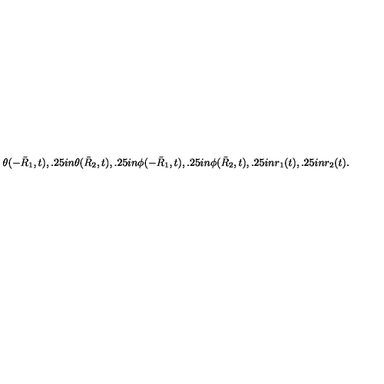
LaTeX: \theta ( - \bar { R } _ { 1 } , t ) , \kern 0 . 2 5 i n \theta ( \bar { R } _ { 2 } , t ) , \kern 0 . 2 5 i n \phi ( - \bar { R } _ { 1 } , t ) , \kern 0 . 2 5 i n \phi ( \bar { R } _ { 2 } , t ) , \kern 0 . 2 5 i n r _ { 1 } ( t ) , \kern 0 . 2 5 i n r _ { 2 } ( t ) .